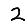
Digit: 2